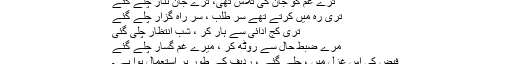
ترے غم کو جان کی تلاش تھی، ترے جان نثار چلے گئے
تری رہ میں کرتے تھے سر طلب ، سرِ راہ گزار چلے گئے
تری کج ادائی سے ہار کر ، شبِ انتظار چلی گئی
مرے ضبطِ حال سے روٹھ کر ، میرے غم گسار چلے گئے​
فیض کی اِس غزل میں ، چلے گئے ، ردیف کے طور پر استعمال ہوا ہے ۔